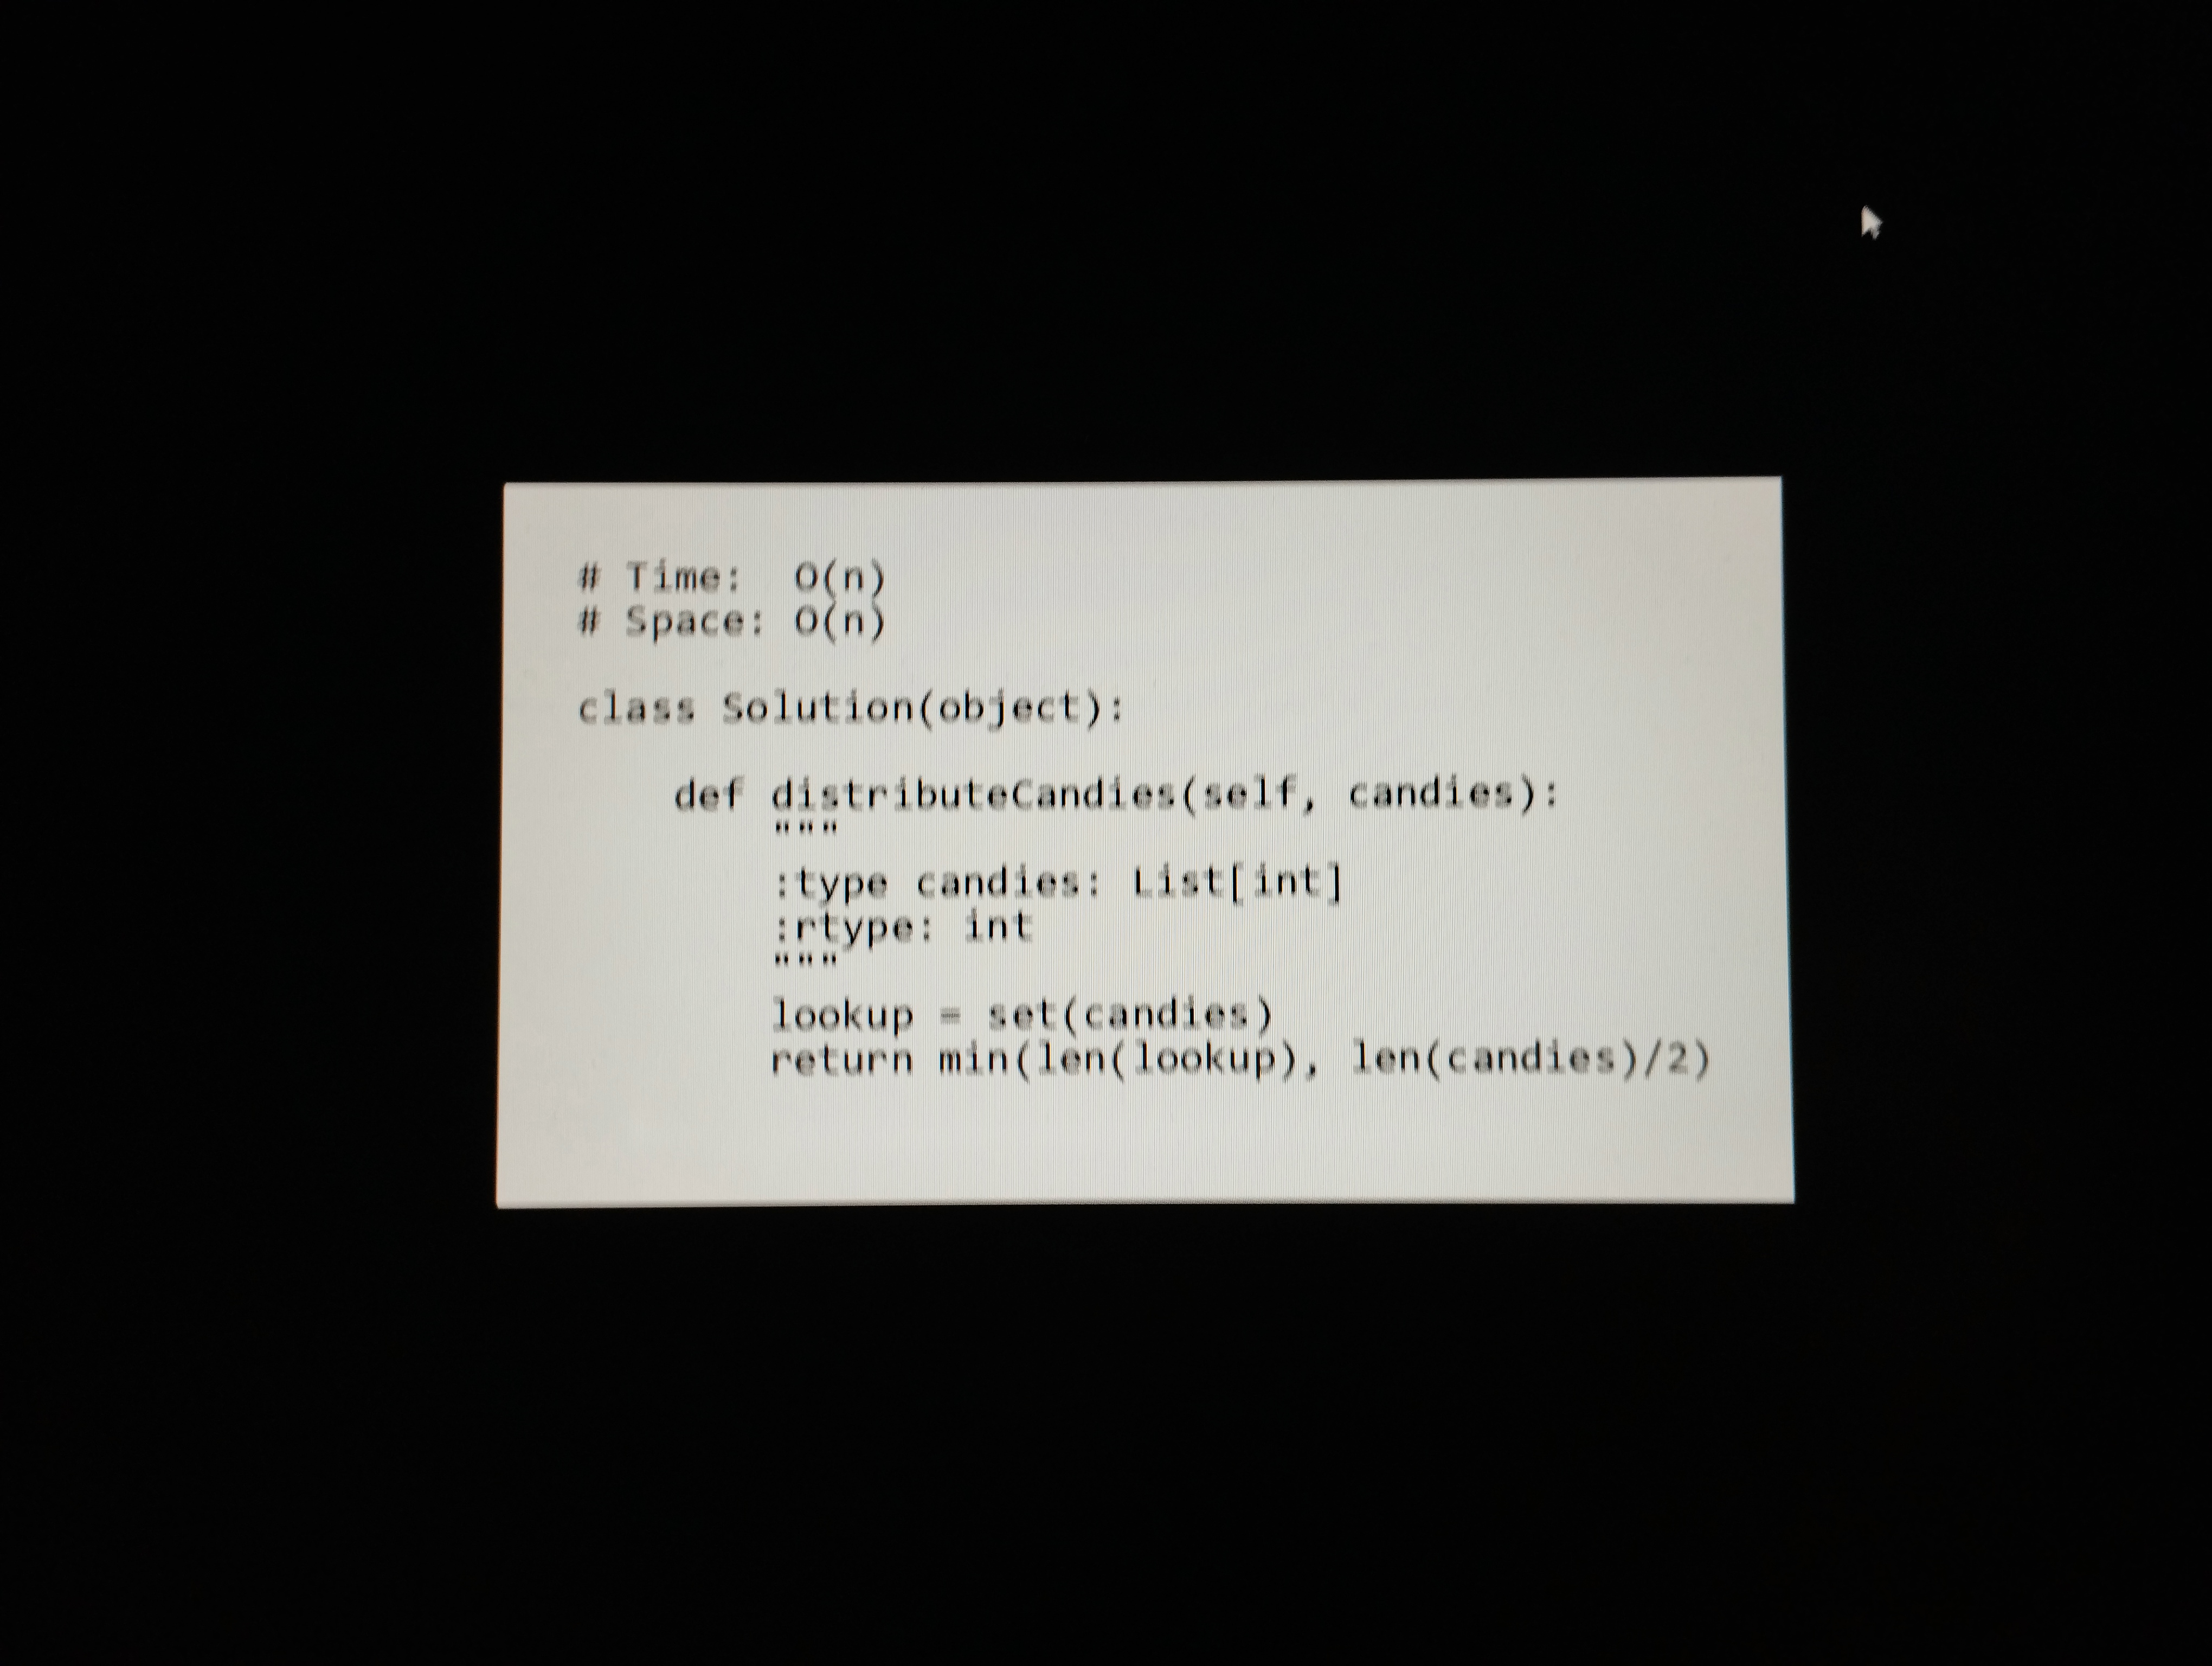
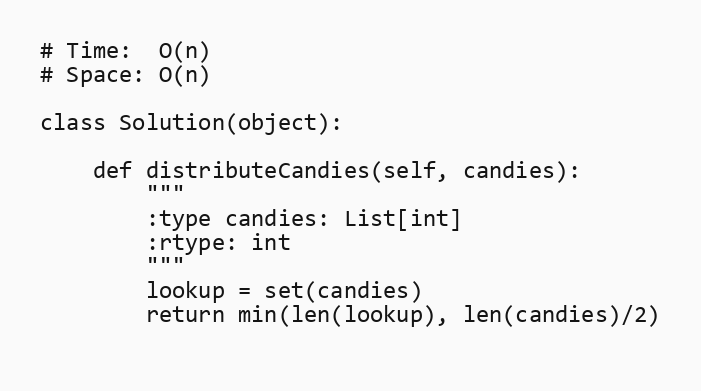
# Time:  O(n)
# Space: O(n)

class Solution(object):

    def distributeCandies(self, candies):
        """
        :type candies: List[int]
        :rtype: int
        """
        lookup = set(candies)
        return min(len(lookup), len(candies)/2)